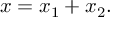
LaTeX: x = x _ { 1 } + x _ { 2 } .